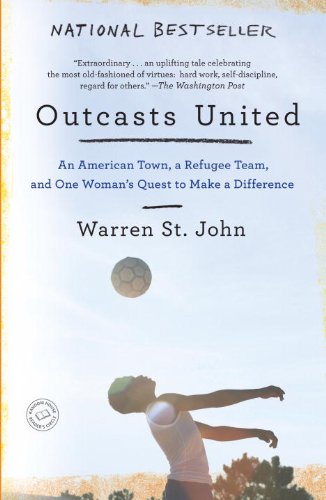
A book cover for Outcasts United: An American Town, a Refugee Team, and One Woman's Quest to Make a Difference; Warren St. John; Politics & Social Sciences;